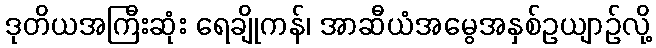
ဒုတိယအကြီးဆုံး ရေချိုကန်၊ အာဆီယံအမွေအနှစ်ဥယျာဉ်လို့